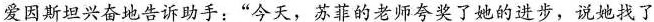
爱因斯坦兴奋地告诉助手：”今天，苏菲的老师夸奖了她的进步，说她找了